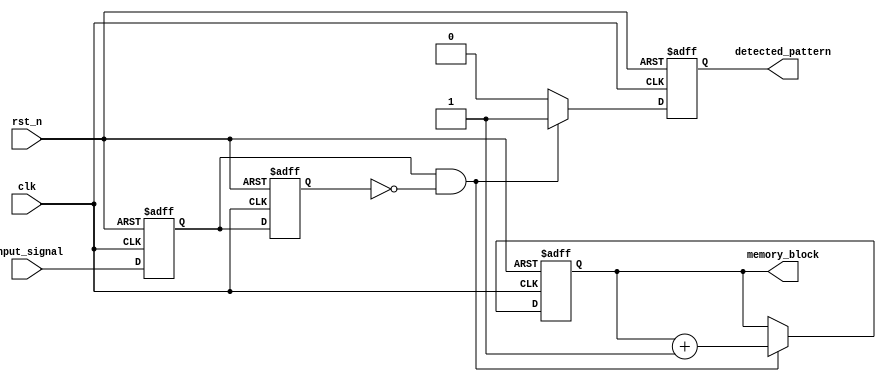
module dual_ff_detector (
    input wire clk,               // Clock signal
    input wire rst_n,             // Active-low reset signal
    input wire input_signal,       // Input signal to be monitored
    output reg detected_pattern,   // Output signal indicating pattern detection
    output reg [1:0] memory_block  // Memory block to store detected state
);

// Internal signals for flip-flops
reg ff1_out, ff2_out;

// Dual Flip-Flops for synchronization
always @(posedge clk or negedge rst_n) begin
    if (!rst_n) begin
        ff1_out <= 1'b0; // Reset FF1
    end else begin
        ff1_out <= input_signal; // Sample input signal
    end
end

always @(posedge clk or negedge rst_n) begin
    if (!rst_n) begin
        ff2_out <= 1'b0; // Reset FF2
    end else begin
        ff2_out <= ff1_out; // Synchronize with FF1 output
    end
end

// Control Logic for Pattern Detection
always @(posedge clk or negedge rst_n) begin
    if (!rst_n) begin
        detected_pattern <= 1'b0; // Reset detected pattern
        memory_block <= 2'b00;    // Reset memory block
    end else begin
        // Example pattern detection: Detect rising edge
        if (ff1_out == 1'b1 && ff2_out == 1'b0) begin
            detected_pattern <= 1'b1; // Pattern detected
            memory_block <= memory_block + 1; // Store state in memory block
        end else begin
            detected_pattern <= 1'b0; // No pattern detected
        end
    end
end

endmodule